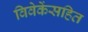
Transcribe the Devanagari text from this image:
विवेकेंसहित